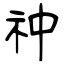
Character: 祌